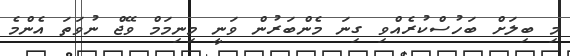
މި ބިލަށް ބަހުސްކުރެއްވި ގިނަ މެންބަރުން ވަނީ މިނިމަމް ވޭޖް ނުވަތަ އެންމެ